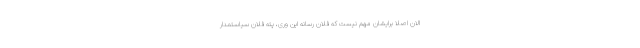
الان اصلاً برایشان مهم نیست که فلان رسانه این وری، پته فلان سیاستمدار